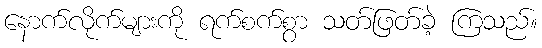
နောက်လိုက်များကို ရက်စက်စွာ သတ်ဖြတ်ခဲ့ ကြသည်။